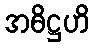
အဓိဋ္ဌဟိ